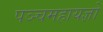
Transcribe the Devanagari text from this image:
पञ्चमहायज्ञों